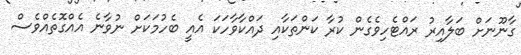
ގާނޫނަށް ބަލާއިރު ރައްޓެހިވެގެން ކުރާ ކަންތަކާއި ދައްކާވާހަކަ އެއީ ބެހުމަކަށް ނުވާނެ އެއްގޮތެއްވެސް